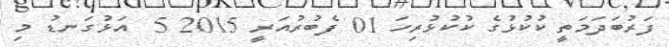
ފަރުބަދަމަތީ ކުކުޅުގެ ކުކުޅުރިހަ 01 ފެބުރުއަރީ 2015 5  އަޅުގަނޑު މި